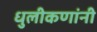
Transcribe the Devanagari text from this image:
धुलीकणांनी